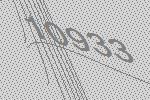
10933